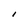
Character: l